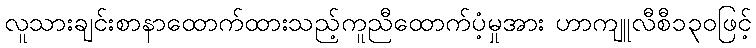
လူသားချင်းစာနာထောက်ထားသည့်ကူညီထောက်ပံ့မှုအား ဟာကျူလီစီ၁၃၀ဖြင့်